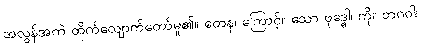
အလွန်အကဲ ထိုက်လျောက်တော်မူ၏။ တေန၊ ကြောင့်။ သော ဗုဒ္ဓေါ၊ ကို။ ဘဂဝါ၊